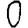
Digit: 0